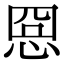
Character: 𢚊